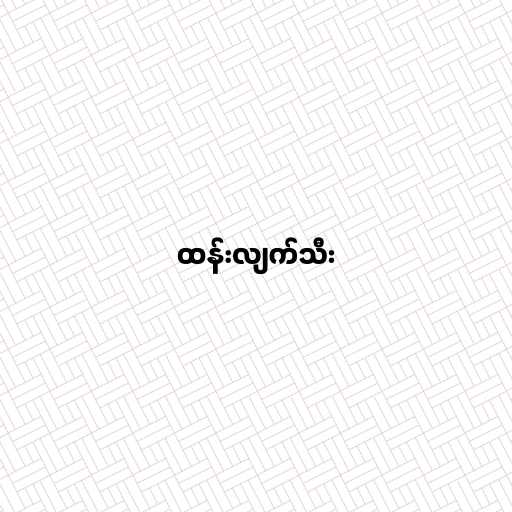
ထန်းလျက်သီး